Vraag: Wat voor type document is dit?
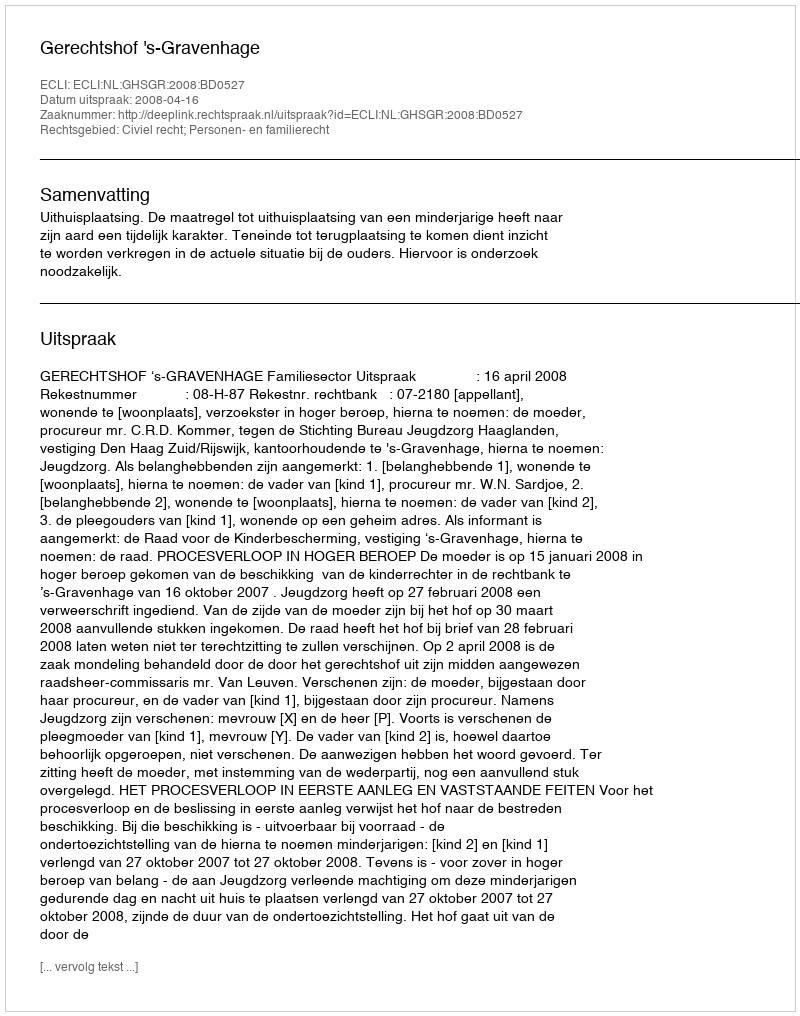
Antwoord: Uitspraak